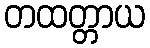
တထတ္တာယ